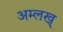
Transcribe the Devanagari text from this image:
अम्लख्